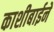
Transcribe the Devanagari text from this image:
काशीबाईने